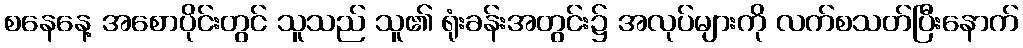
စနေနေ့ အစောပိုင်းတွင် သူသည် သူ၏ ရုံးခန်းအတွင်း၌ အလုပ်များကို လက်စသတ်ပြီးနောက်